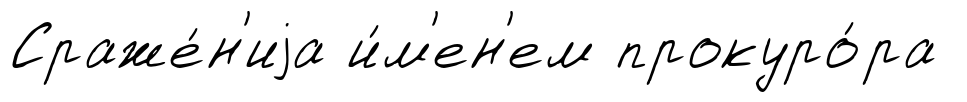
Сраже́н'иjа и́м'ен'ем прокуро́ра